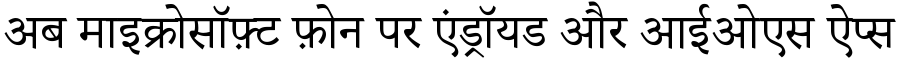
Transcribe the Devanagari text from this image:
अब माइक्रोसॉफ़्ट फ़ोन पर एंड्रॉयड और आईओएस ऐप्स